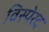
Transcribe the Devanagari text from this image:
विस्पेरद